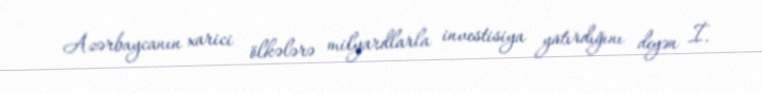
Azərbaycanın xarici ölkələrə milyardlarla investisiya yatırdığını deyən İ.